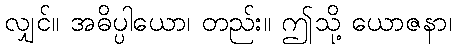
လျှင်။ အဓိပ္ပါယော၊ တည်း။ ဤသို့ ယောဇနာ၊